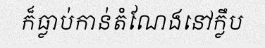
ក៏ធ្លាប់កាន់តំណែងនៅក្លឹប